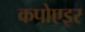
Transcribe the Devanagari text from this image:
कपोएइर